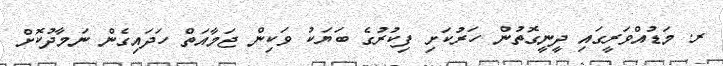
ރ. މަޑުއްވަރީގައި ދީނީގޮތުން ހަރުކަށި ފިކުރުގެ ބަޔަކު ވަކިން ޖަމާއަތް ހަދައިގެން ނަމާދުކޮށް